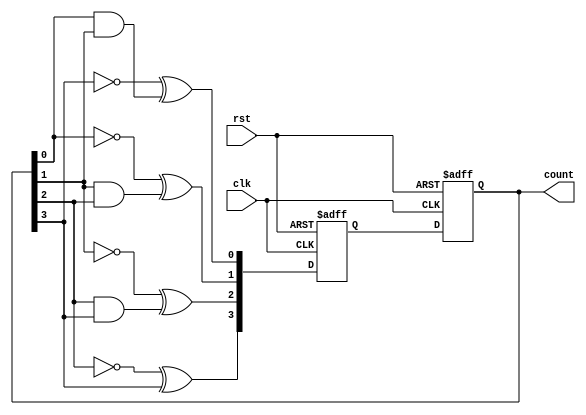
module JohnsonGrayCounter (
    input clk,
    input rst,
    output reg [3:0] count
);

reg [3:0] nxt_count;

always @(posedge clk or posedge rst) begin
    if (rst) begin
        count <= 4'b0000;
        nxt_count <= 4'b0001;
    end else begin
        count <= nxt_count;
        nxt_count[0] <= ~count[3] ^ (count[0] & count[1]);
        nxt_count[1] <= ~count[0] ^ (count[1] & count[2]);
        nxt_count[2] <= ~count[1] ^ (count[2] & count[3]);
        nxt_count[3] <= ~count[2] ^ count[3];
    end
end

endmodule